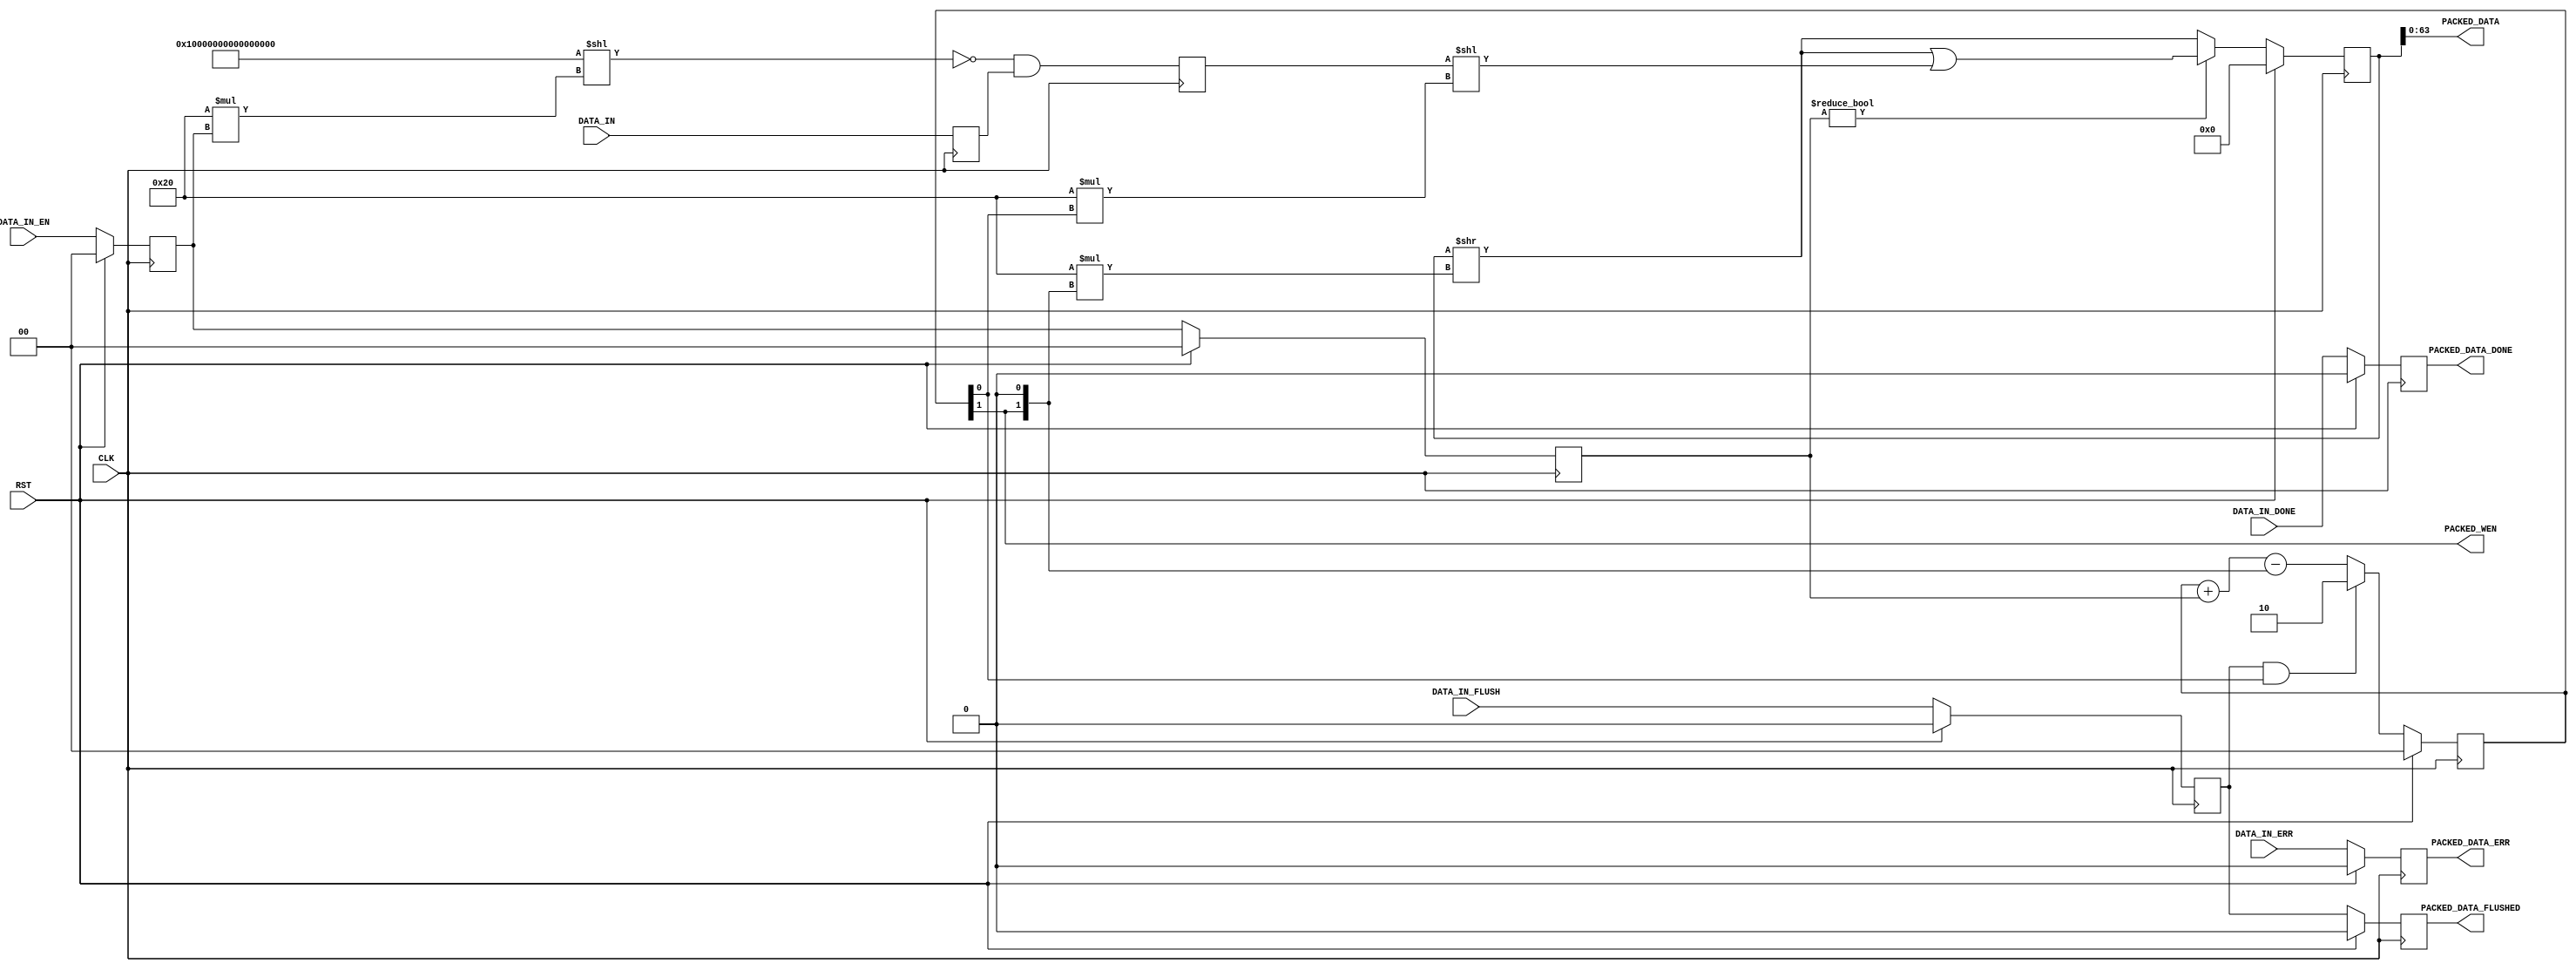
module fifo_packer_64 (
	input CLK,
	input RST,
	input [63:0] DATA_IN,		// Incoming data
	input [1:0] DATA_IN_EN,		// Incoming data enable
	input DATA_IN_DONE,			// Incoming data packet end
	input DATA_IN_ERR,			// Incoming data error
	input DATA_IN_FLUSH,		// End of incoming data
	output [63:0] PACKED_DATA,	// Outgoing data
	output PACKED_WEN,			// Outgoing data write enable
	output PACKED_DATA_DONE,	// End of outgoing data packet
	output PACKED_DATA_ERR,		// Error in outgoing data
	output PACKED_DATA_FLUSHED	// End of outgoing data
);

reg		[1:0]		rPackedCount=0, _rPackedCount=0;
reg					rPackedDone=0, _rPackedDone=0;
reg					rPackedErr=0, _rPackedErr=0;
reg					rPackedFlush=0, _rPackedFlush=0;
reg					rPackedFlushed=0, _rPackedFlushed=0;
reg		[95:0]		rPackedData=96'd0, _rPackedData=96'd0;
reg		[63:0]		rDataIn=64'd0, _rDataIn=64'd0;
reg		[1:0]		rDataInEn=0, _rDataInEn=0;
reg		[63:0]		rDataMasked=64'd0, _rDataMasked=64'd0;
reg		[1:0]		rDataMaskedEn=0, _rDataMaskedEn=0;


assign PACKED_DATA = rPackedData[63:0];
assign PACKED_WEN = rPackedCount[1];
assign PACKED_DATA_DONE = rPackedDone;
assign PACKED_DATA_ERR = rPackedErr;
assign PACKED_DATA_FLUSHED = rPackedFlushed;


// Buffers input data until 2 words are available, then writes 2 words out.
wire [63:0] wMask = {64{1'b1}}<<(32*rDataInEn);
wire [63:0]	wDataMasked = ~wMask & rDataIn;
always @ (posedge CLK) begin
	rPackedCount <= #1 (RST ? 2'd0 : _rPackedCount);
	rPackedDone <= #1 (RST ? 1'd0 : _rPackedDone);
	rPackedErr <= #1 (RST ? 1'd0 : _rPackedErr);
	rPackedFlush <= #1 (RST ? 1'd0 : _rPackedFlush);
	rPackedFlushed <= #1 (RST ? 1'd0 : _rPackedFlushed);
	rPackedData <= #1 (RST ? 96'd0 : _rPackedData);
	rDataIn <= #1 _rDataIn;
	rDataInEn <= #1 (RST ? 2'd0 : _rDataInEn);
	rDataMasked <= #1 _rDataMasked;
	rDataMaskedEn <= #1 (RST ? 2'd0 : _rDataMaskedEn);
end

always @ (*) begin
	// Buffer and mask the input data.
	_rDataIn = DATA_IN;
	_rDataInEn = DATA_IN_EN;
	_rDataMasked = wDataMasked;
	_rDataMaskedEn = rDataInEn;

	// Count what's in our buffer. When we reach 2 words, 2 words will be written
	// out. If flush is requested, write out whatever remains.
	if (rPackedFlush && rPackedCount[0])
		_rPackedCount = 2;
	else
		_rPackedCount = rPackedCount + rDataMaskedEn - {rPackedCount[1], 1'd0};
	
	// Shift data into and out of our buffer as we receive and write out data.
	if (rDataMaskedEn != 2'd0)
		_rPackedData = ((rPackedData>>(32*{rPackedCount[1], 1'd0})) | (rDataMasked<<(32*rPackedCount[0])));
	else
		_rPackedData = (rPackedData>>(32*{rPackedCount[1], 1'd0}));

	// Track done/error/flush signals.
	_rPackedDone = DATA_IN_DONE;
	_rPackedErr = DATA_IN_ERR;
	_rPackedFlush = DATA_IN_FLUSH;
	_rPackedFlushed = rPackedFlush;
end



endmodule